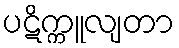
ပဋိက္ကူလျတာ